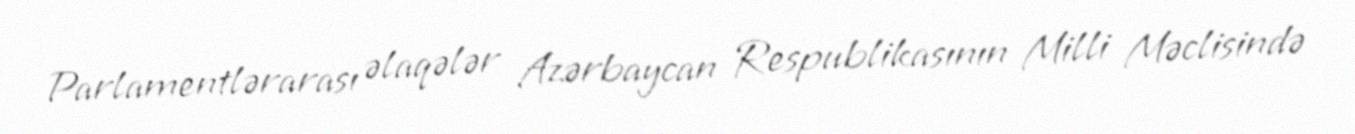
Parlamentlərarası əlaqələr Azərbaycan Respublikasının Milli Məclisində